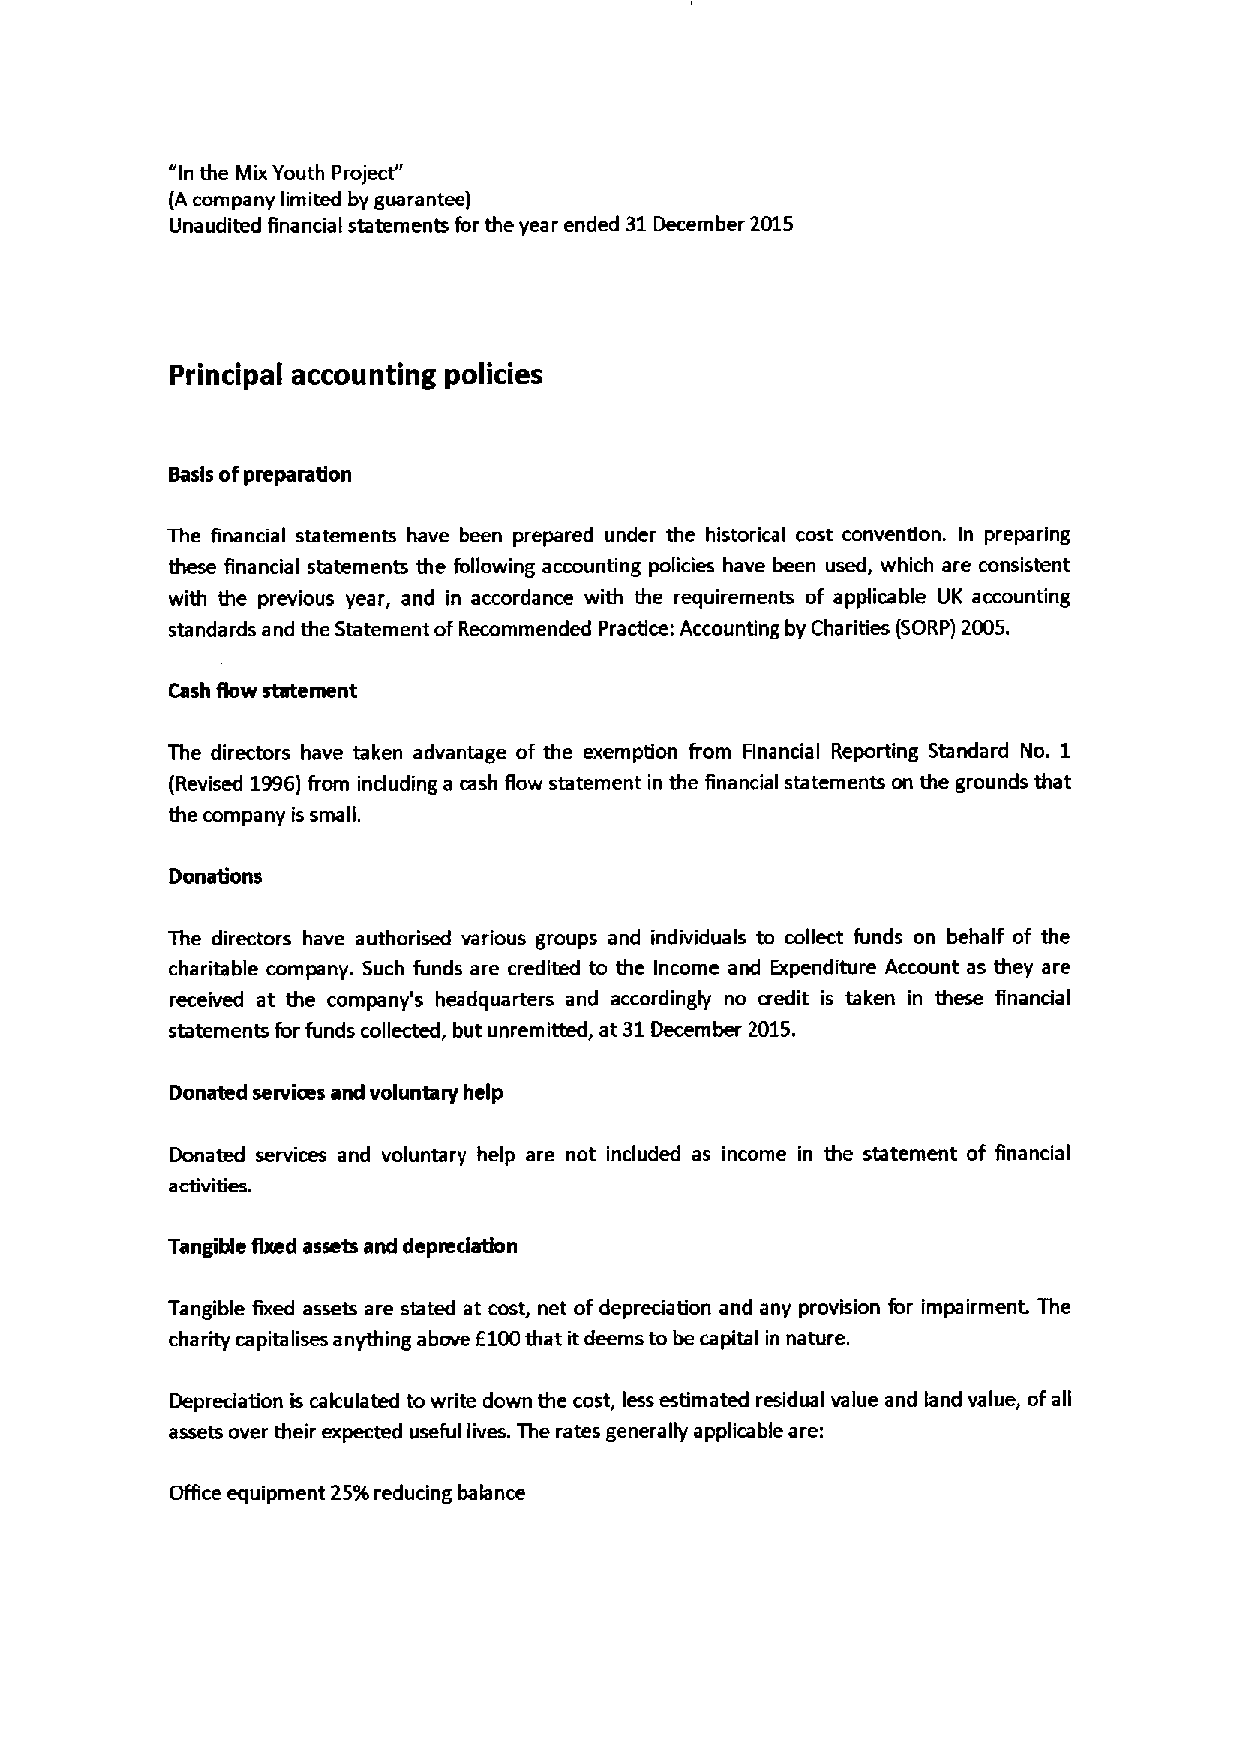
"Inthe Mix Youth Project"
 (A company limited by guarantee)
 Unaudited financial statements for the year ended 31December 2015
 Principal accounting policies
 Basis ofpreparafion
 The financial statements have been prepared under the historical cost convention. In preparing
 these financial statements the following accounting policies have been used, which are consistent
 with the previous year, and in accordance with the requirements of applicable UK accounting
 standards and the Statement ofRecommended Practice: Accounting by Charities (SORP) 2005.
 Cash fiow statement
 The directors have taken advantage of the exemption from Financial Reporting Standard No. 1
 (Revised 1996)from induding a cash flow statement in the financial statements on the grounds that
 the company is small.
 Donations
 The directors have authorised various groups and individuals to collect funds on behalf of the
 charitable company. Such funds are credited to the Income and Expenditure Account as they are
 received at the company's headquarters and accordingly no credit is taken in these financial
 statements for funds collected, but unremitted, at 31December 2015.
 Donated services and voluntary help
 Donated services and voluntary help are not included as income in the statement of financial
 activities.
 Tangible fixed assets and depredafion
 Tangible fixed assets are stated at cost, net ofdepreciation and any provision for impairment The
 charity capita lises anything above 6100that itdeems to be capita I in nature.
 Depreciation is cakulated to write down the cost, less estimated residual value and land value, ofall
 assets over their expected useful lives. The rates generally applicable are:
 Office equipment 25%reducing balance